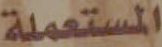
المستعملة